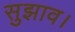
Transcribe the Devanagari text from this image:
सुझाव।